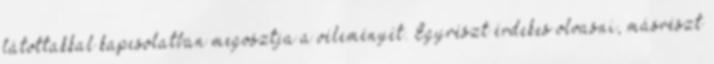
látottakkal kapcsolatban megosztja a véleményét. Egyrészt érdekes olvasni, másrészt